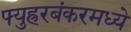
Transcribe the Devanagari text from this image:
फ्युह्ररबंकरमध्ये